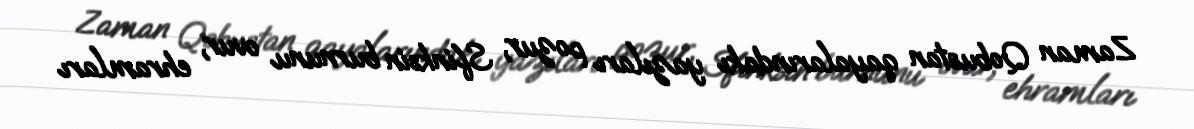
Zaman Qobustan qayalarındakı yazıları pozur, Sfinksin burnunu ovur, ehramları